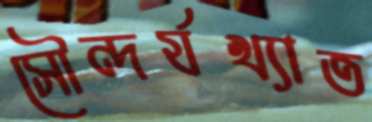
সৌন্দর্যখ্যাত